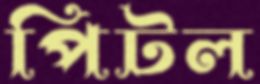
পিটল